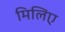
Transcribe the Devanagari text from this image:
मिलिए